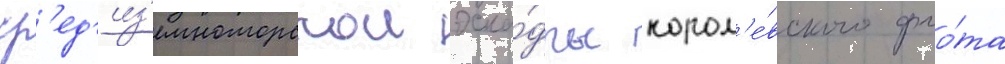
ср'ед'из'емноморскои эска́дры корол'е́вского фло́та